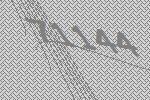
71144